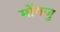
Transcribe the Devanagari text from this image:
मोंगजु